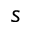
s